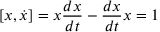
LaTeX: [ x , { \dot { x } } ] = x { \frac { d x } { d t } } - { \frac { d x } { d t } } x = 1